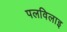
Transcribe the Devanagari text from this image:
पलविलाइ